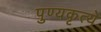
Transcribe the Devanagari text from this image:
पुण्यकृत्ये